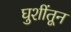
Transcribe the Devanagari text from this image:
घुशींतून